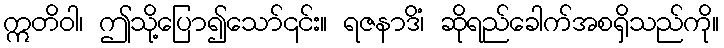
ဣတိဝါ၊ ဤသို့ပြော၍သော်၎င်း။ ရဇနာဒိံ၊ ဆိုရည်ခေါက်အစရှိသည်ကို။